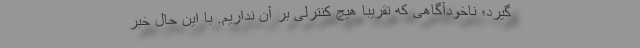
گیرد؛ ناخودآگاهی که تقریبا هیچ کنترلی بر آن نداریم. با این حال خبر